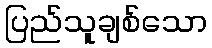
ပြည်သူချစ်သော